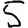
Digit: 5